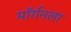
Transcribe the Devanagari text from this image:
मॉर्गनला